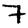
Digit: 7